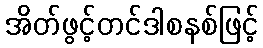
အိတ်ဖွင့်တင်ဒါစနစ်ဖြင့်